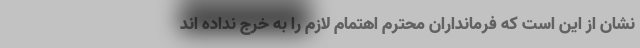
نشان از این است که فرمانداران محترم اهتمام لازم را به خرج نداده اند